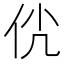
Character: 𠇵